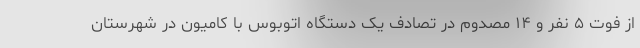
از فوت ۵ نفر و ۱۴ مصدوم در تصادف یک دستگاه اتوبوس با کامیون در شهرستان